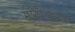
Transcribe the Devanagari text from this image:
मुष्टीयोद्धे